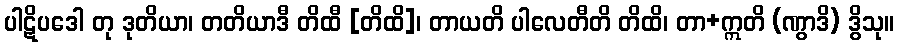
ပါဋိပဒေါ တု ဒုတိယာ၊ တတိယာဒီ တိထီ [တိထိ]၊ တာယတိ ပါလေတီတိ တိထိ၊ တာ+ဣတိ (ဏွာဒိ) ဒွိသု။